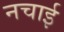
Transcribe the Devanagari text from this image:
नचाई